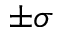
\pm \sigma